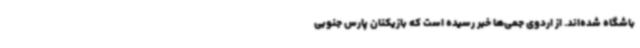
باشگاه شده‌اند. از اردوی جمی‌ها خبر رسیده است که بازیکنان پارس جنوبی